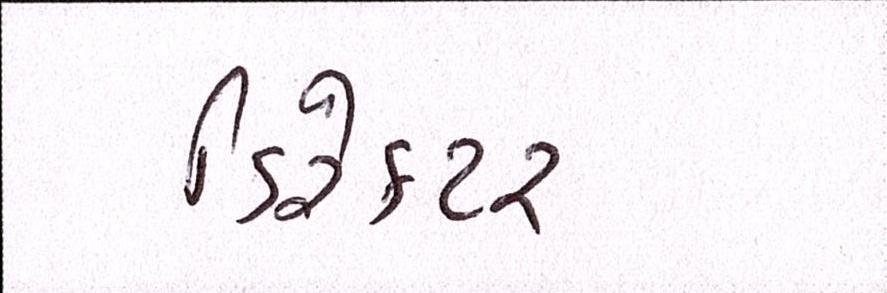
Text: ડિરેક્ટર